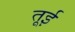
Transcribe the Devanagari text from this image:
तूई